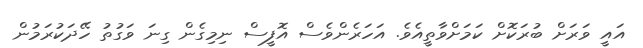
އައީ ވަރަށް ބުރަކޮށް ކަމަށްވާތީއެވެ. އަހަރެންވެސް އޮފީސް ނިމިގެން ގިނަ ވަގުތު ހޭދަކުރަމުން